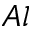
_ { A l }